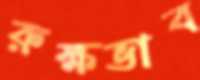
রুক্ষভাব